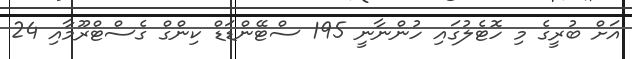
އަށް ބުރީގެ މި ހޮޓެލުގައި ހުންނާނީ 195 ސްޓޭންޑަޑް ކިންގް ގެސްޓްރޫމާއި 24